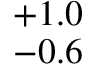
^ { + 1 . 0 } _ { - 0 . 6 }